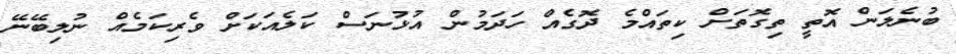
ބުނެލަން އޮތީ ތިގޮތަށް ކިތައްމެ ދޮގެއް ހަދަމުން އުޅުނަސް ކަލެއަކަށް ވެރިކަމެއް ނުލިބޭނޭ